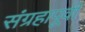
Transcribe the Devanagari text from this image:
संग्रहापूर्वी